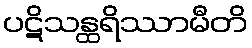
ပဋိသန္ထရိဿာမီတိ